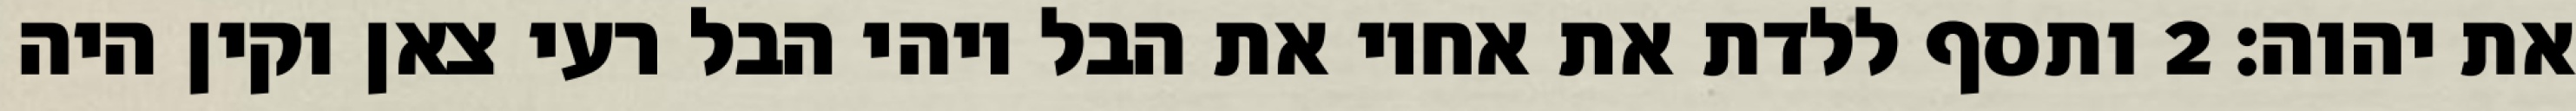
את יהוה׃ ‎2‏ ותסף ללדת את אחיו את הבל ויהי הבל רעי צאן וקין היה